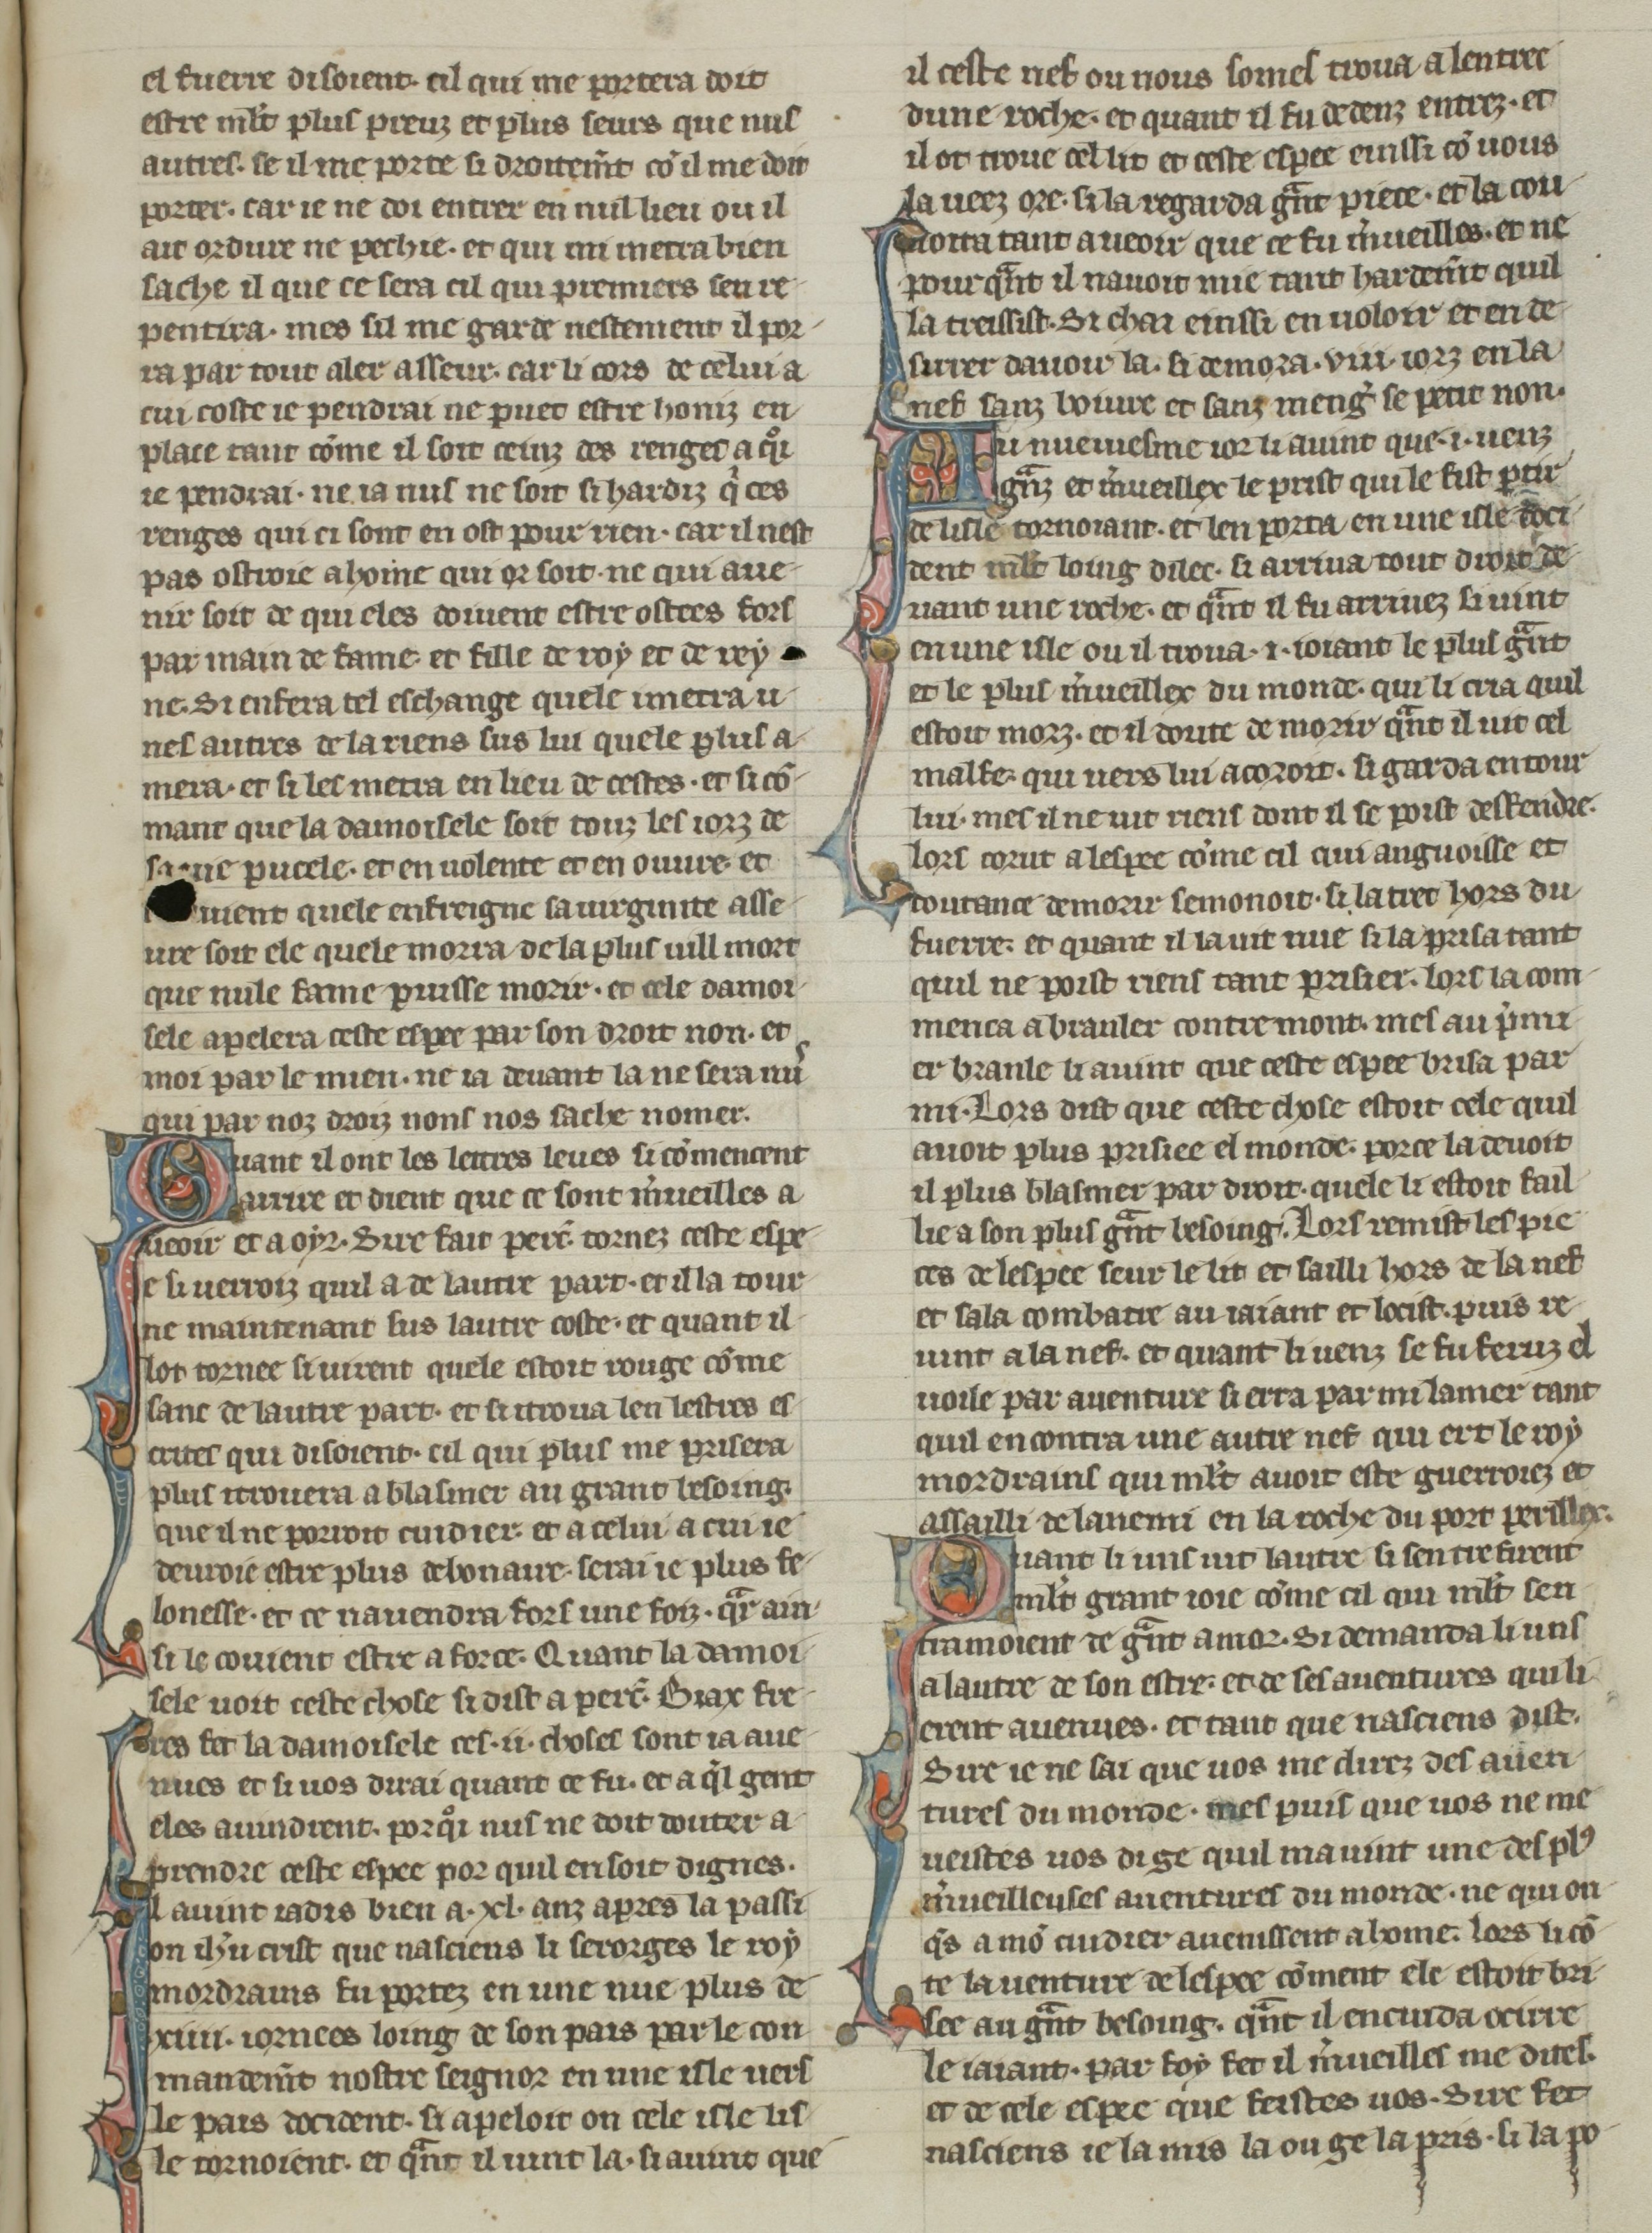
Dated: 1270–1299